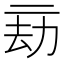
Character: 𠄳